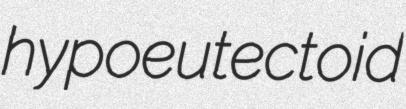
hypoeutectoid